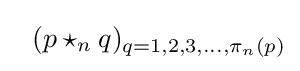
\ \ (p\star _{n}q)_{q=1,2,3,...,\pi _{n}(p)}